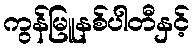
ကွန်မြူနစ်ပါတီနှင့်